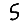
Digit: 5